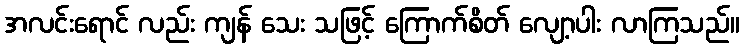
အလင်းရောင် လည်း ကျန် သေး သဖြင့် ကြောက်စိတ် လျော့ပါး လာကြသည်။